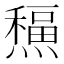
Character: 𤐸